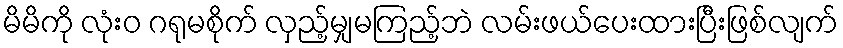
မိမိကို လုံးဝ ဂရုမစိုက် လှည့်မျှမကြည့်ဘဲ လမ်းဖယ်ပေးထားပြီးဖြစ်လျက်